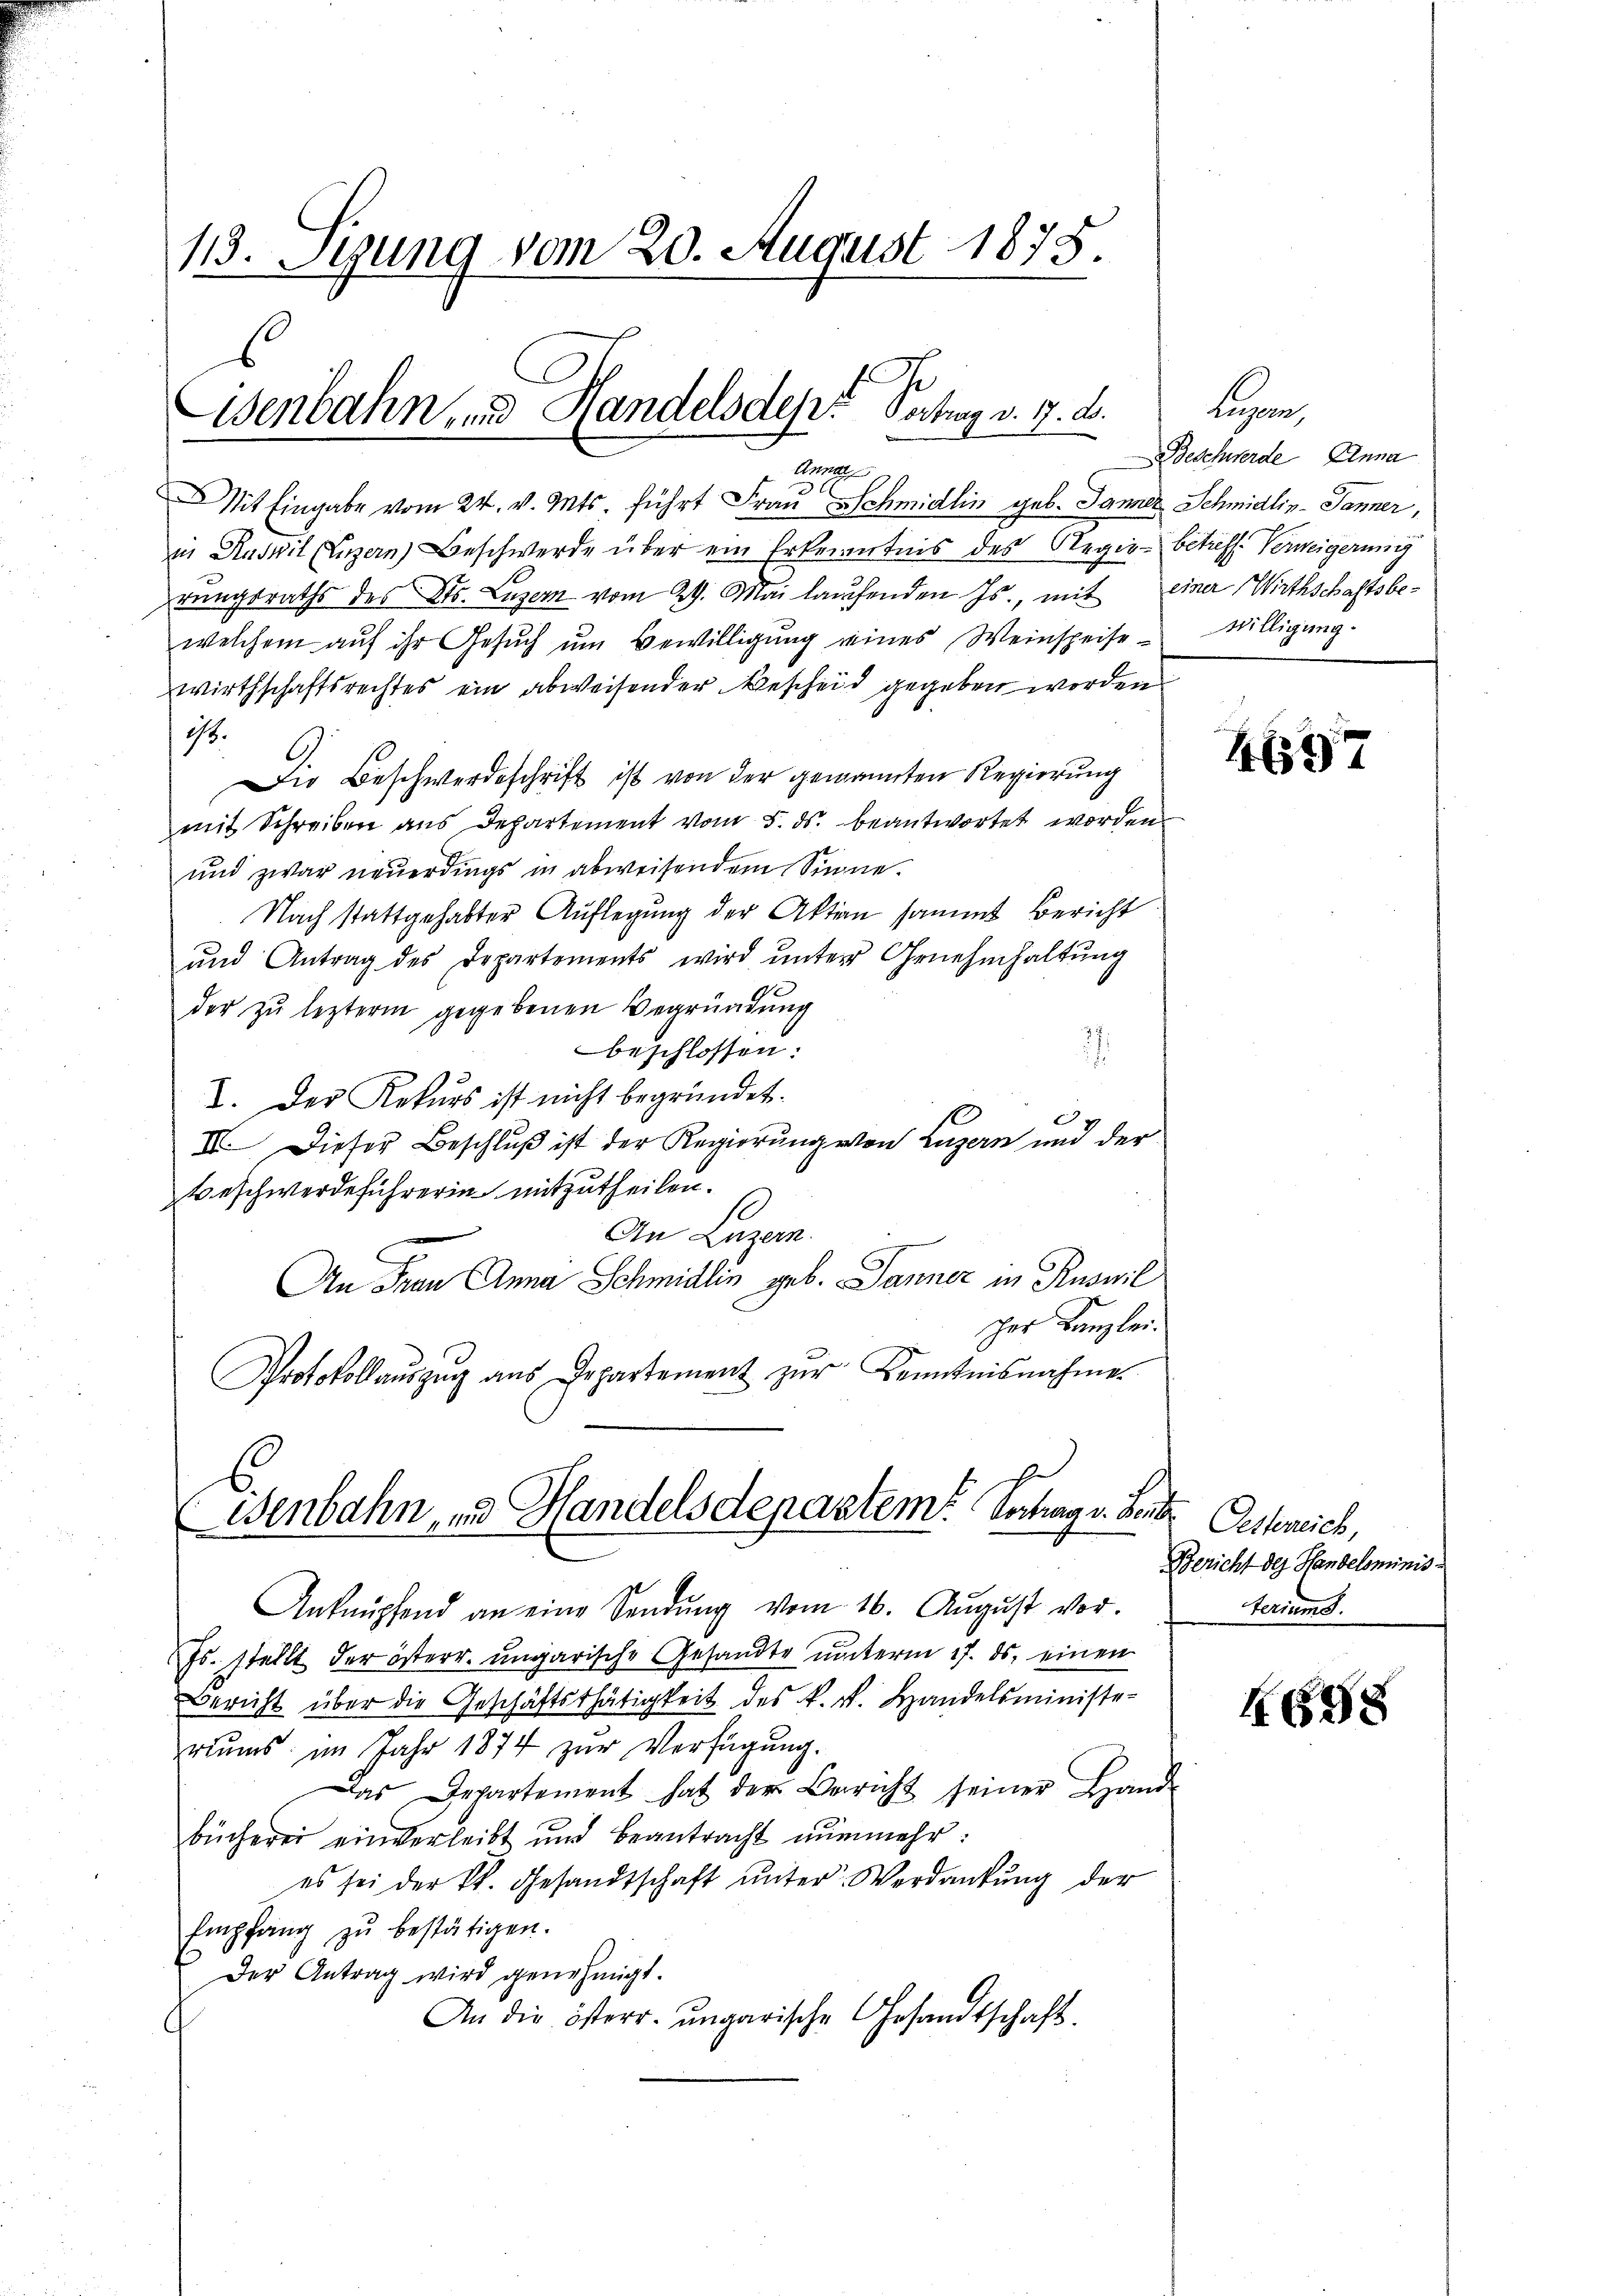
13. Sigung vom 20. August 1875.

Eisenbahn, und Handels des Vertrag v. 7. d.

Anna
Mit Eingabe vom 24. v. Mts. führt Frau Schmidlin geb. Janner Schmidlin-Janner,
in Ruswil (Luzern) Beschwerde über ein Erkenntnis des Regie- betreff. Verweigerung
rungsraths des St. Luzern vom 29. Mai laufenden Js., mit einer Wirthschaftsbewelchem aŭf ihr Gesŭch ŭm Bewilligŭng eines Weinspeise willigŭng.
wirthschaftsrechtes ein abweisender Bescheid gegeben worden
i.
Die Beschwerdeschrift ist von der genannten Regierung
mit Schreiben aus Departement vom 5. ds. beantwortet worden
und zwar neuerdings in abweisendem Sinne.
Nach stattgehabter Auflegung der Aktion sammt Bericht
und Antrag des Departements wird ŭnter Genehmhaltŭng
der zŭ lezterm gegebenen Begründung
beschlossen:
V. Der Rekurs ist nicht begründet.
II. Dieser Beschluß ist der Regierung von Luzern und der
Beschwerdeführerin mitzutheilen.
C
An Luzern.
An Frau Anna Schmidlin geb. Tanner in Ruswil
cher Kanzlei.
Protokollauszug aus Departement zur Kenntnisnahme

Benbahn, und Handelsdepartem Vortrag v. Beit

Anknüpfend an eine Sendŭng vom 16. Aŭgust vor.
Js. stellt der österr. ungarische Gesandte unterm 17. ds. einen
Bericht über die Geschäftsthätigkeit des k. k. Handelsministe-
riums im Jahr 1874 zur Verfügung.
Das Departement hat der Bericht seiner Hand-
bücherei einverleibt und beantracht nunmehr:
es sei der kk. Gesandtschaft ŭnter Verdankŭng der
Empfang zŭ bestätigen.
Der Antrag wird genehmigt.
An die österr. ungarische Gesandtschaft.

Legen
Beschwerde Einna

4637

Oestereich,
Bericht des Handelsminis
teriums.

658